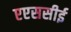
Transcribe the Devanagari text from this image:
एएससीई